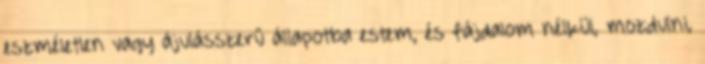
eszméletlen vagy ájulásszerű állapotba estem, és fájdalom nélkül, mozdulni,